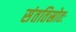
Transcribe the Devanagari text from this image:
संततिस्रोतः